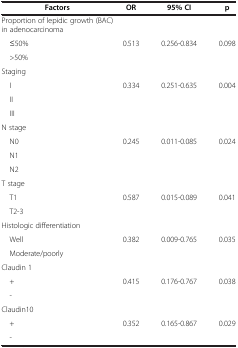
| Factors | OR | 95% CI | p |
 | --- | --- | --- | --- |
 | Proportion of lepidic growth (BAC) in adenocarcinoma |  |  |  |
 | ≤50% | 0.513 | 0.256-0.834 | 0.098 |
 | >50% |  |  |  |
 | Staging |  |  |  |
 | I | 0.334 | 0.251-0.635 | 0.004 |
 | II |  |  |  |
 | III |  |  |  |
 | N stage |  |  |  |
 | N0 | 0.245 | 0.011-0.085 | 0.024 |
 | N1 |  |  |  |
 | N2 |  |  | <ROWSPAN=2>  |
 | T stage |  |  |
 | T1 | 0.587 | 0.015-0.089 | 0.041 |
 | T2-3 |  |  |  |
 | Histologic differentiation |  |  |  |
 | Well | 0.382 | 0.009-0.765 | 0.035 |
 | Moderate/poorly |  |  |  |
 | Claudin 1 |  |  |  |
 | + | 0.415 | 0.176-0.767 | 0.038 |
 | - |  |  |  |
 | Claudin10 |  |  |  |
 | + | 0.352 | 0.165-0.867 | 0.029 |
 | - |  |  |  |